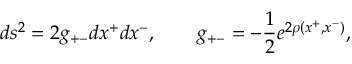
d s ^ { 2 } = 2 g _ { + - } d x ^ { + } d x ^ { - } , ~ ~ ~ ~ ~ ~ g _ { + - } = - \frac { 1 } { 2 } e ^ { 2 \rho ( x ^ { + } , x ^ { - } ) } ,